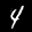
Label: 4